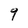
Character: 9